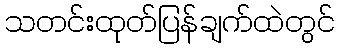
သတင်းထုတ်ပြန်ချက်ထဲတွင်